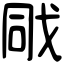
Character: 戙